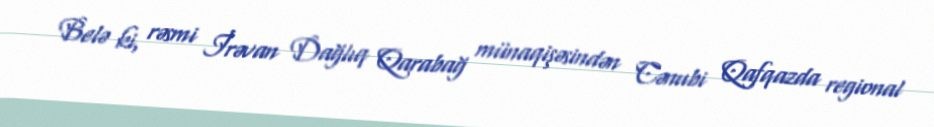
Belə ki, rəsmi İrəvan Dağlıq Qarabağ münaqişəsindən Cənubi Qafqazda regional